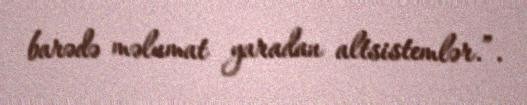
barədə məlumat yaradan altsistemlər.”.